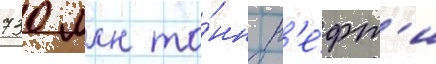
730 млн то́нн н'е́фт'и